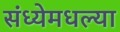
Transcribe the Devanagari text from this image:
संध्येमधल्या